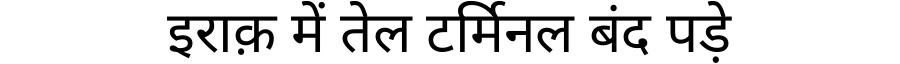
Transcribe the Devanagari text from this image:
इराक़ में तेल टर्मिनल बंद पड़े